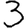
Digit: 3